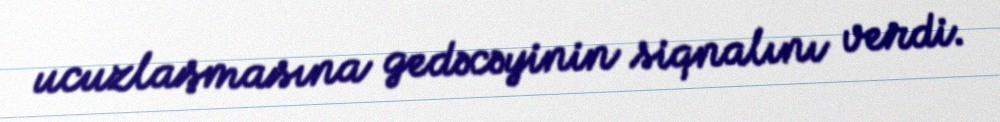
ucuzlaşmasına gedəcəyinin siqnalını verdi.